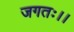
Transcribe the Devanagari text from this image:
जगतः।।